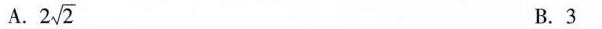
A. $$ 2 \sqrt{2} $$ B.3